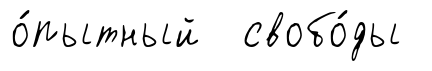
о́пытный свобо́ды